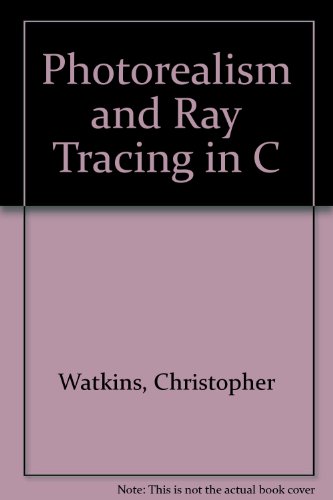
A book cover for Photorealism and Ray Tracing in C; Christopher Watkins; Computers & Technology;